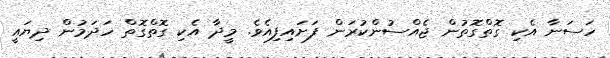
ހަސަނާ އެކި ގޮތްގޮތުން ޖެއްސުންކުރަން ފަށައިފިއެވެ. މީދާ އެކި ގޮތްގޮތް ހަދަމުން ދިޔައީ